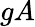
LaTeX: gA